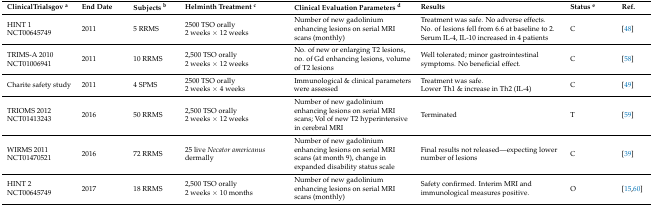
<table><thead><tr><td><b>ClinicalTrialsgov <sup>a</sup></b></td><td><b>End Date</b></td><td><b>Subjects <sup>b</sup></b></td><td><b>Helminth Treatment <sup>c</sup></b></td><td><b>Clinical Evaluation Parameters <sup>d</sup></b></td><td><b>Results</b></td><td><b>Status <sup>e</sup></b></td><td><b>Ref.</b></td></tr></thead><tbody><tr><td>HINT 1NCT00645749</td><td>2011</td><td>5 RRMS</td><td>2500 TSO orally2 weeks × 12 weeks</td><td>Number of new gadolinium enhancing lesions on serial MRI scans (monthly)</td><td>Treatment was safe. No adverse effects.No. of lesions fell from 6.6 at baseline to 2. Serum IL-4, IL-10 increased in 4 patients</td><td>C</td><td>[48]</td></tr><tr><td>TRIMS-A 2010NCT01006941</td><td>2011</td><td>10 RRMS</td><td>2,500 TSO orally2 weeks × 12 weeks</td><td>No. of new or enlarging T2 lesions, no. of Gd enhancing lesions, volume of T2 lesions</td><td>Well tolerated; minor gastrointestinal symptoms. No beneficial effect.</td><td>C</td><td>[58]</td></tr><tr><td>Charite safety study</td><td>2011</td><td>4 SPMS</td><td>2500 TSO orally2 weeks × 4 weeks</td><td>Immunological &amp; clinical parameters were assessed</td><td>Treatment was safe.Lower Th1 &amp; increase in Th2 (IL-4)</td><td>C</td><td>[49]</td></tr><tr><td>TRIOMS 2012NCT01413243</td><td>2016</td><td>50 RRMS</td><td>2,500 TSO orally2 weeks × 12 weeks</td><td>Number of new gadolinium enhancing lesions on serial MRI scans; Vol of new T2 hyperintensive in cerebral MRI</td><td>Terminated</td><td>T</td><td>[59]</td></tr><tr><td>WIRMS 2011NCT01470521</td><td>2016</td><td>72 RRMS</td><td>25 live <i>Necator americanus</i> dermally</td><td>Number of new gadolinium enhancing lesions on serial MRI scans (at month 9), change in expanded disability status scale</td><td>Final results not released—expecting lower number of lesions</td><td>C</td><td>[39]</td></tr><tr><td>HINT 2NCT00645749</td><td>2017</td><td>18 RRMS</td><td>2,500 TSO orally2 weeks × 10 months</td><td>Number of new gadolinium enhancing lesions on serial MRI scans (monthly)</td><td>Safety confirmed. Interim MRI and immunological measures positive.</td><td>O</td><td>[15,60]</td></tr></tbody></table>